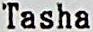
TASHA